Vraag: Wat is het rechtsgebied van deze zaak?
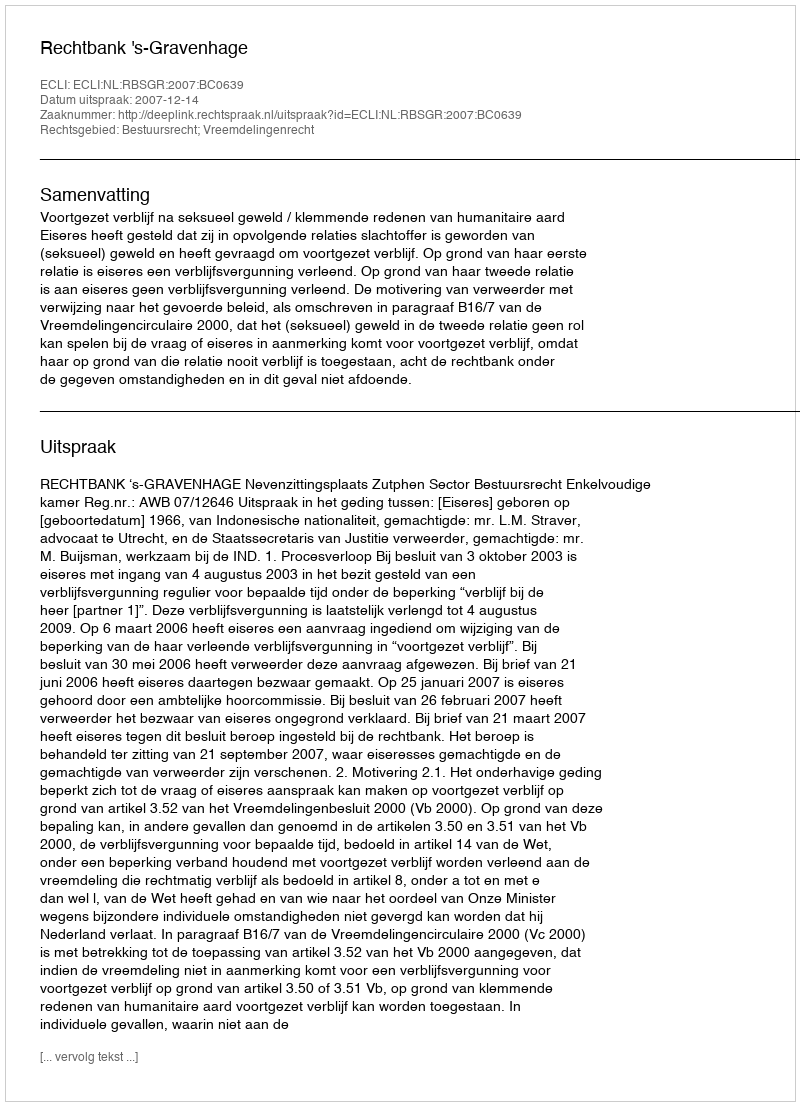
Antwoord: Bestuursrecht; Vreemdelingenrecht